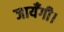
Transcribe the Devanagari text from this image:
जायँगी।